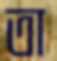
তা